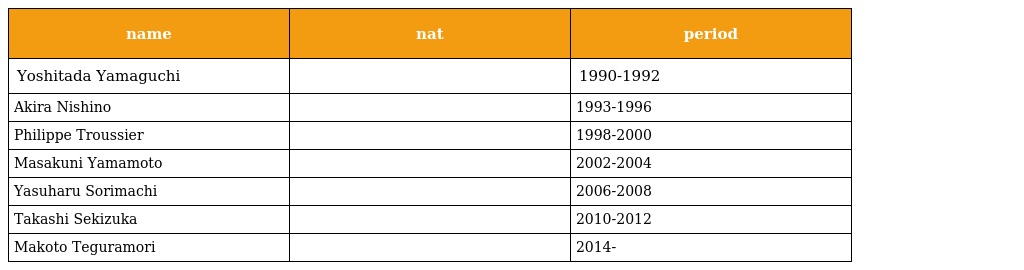
| name | nat | period |
 | --- | --- | --- |
 | Yoshitada Yamaguchi |  | 1990-1992 |
 | Akira Nishino |  | 1993-1996 |
 | Philippe Troussier |  | 1998-2000 |
 | Masakuni Yamamoto |  | 2002-2004 |
 | Yasuharu Sorimachi |  | 2006-2008 |
 | Takashi Sekizuka |  | 2010-2012 |
 | Makoto Teguramori |  | 2014- |